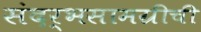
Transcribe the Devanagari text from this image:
संदर्भसामग्रीची